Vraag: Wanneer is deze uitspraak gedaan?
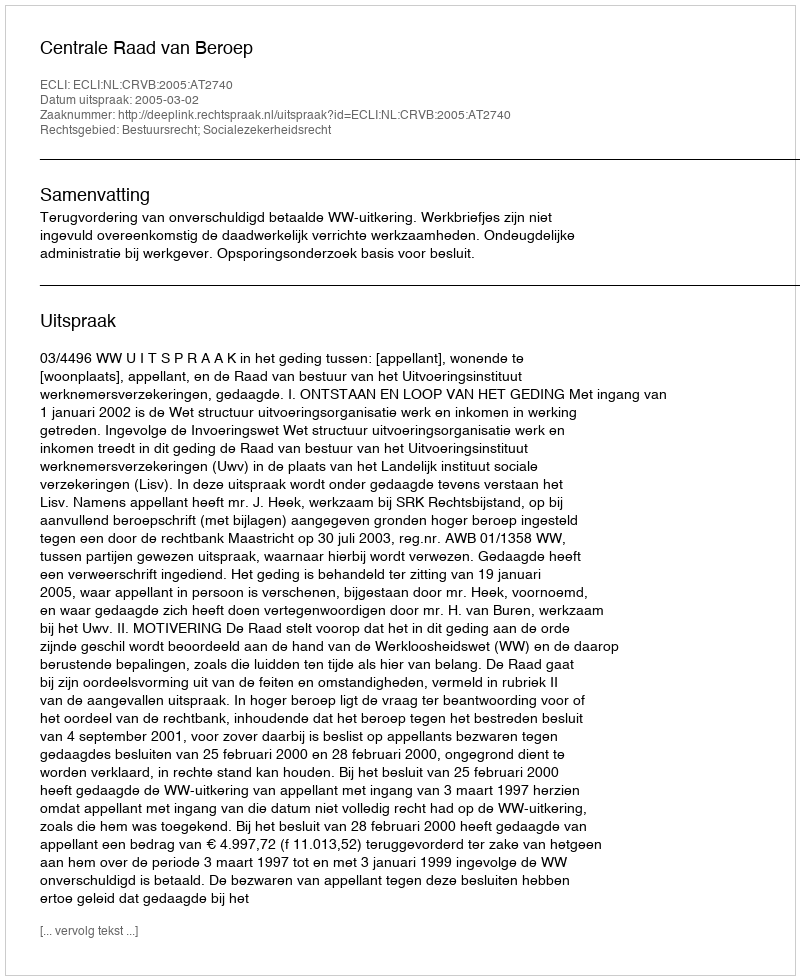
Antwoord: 2005-03-02